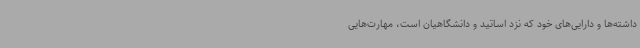
داشته‌ها و دارایی‌های خود که نزد اساتید و دانشگاهیان است، مهارت‌هایی